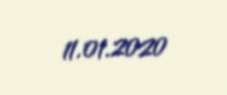
11.01.2020